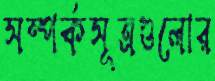
সম্পর্কসূত্রগুলোর